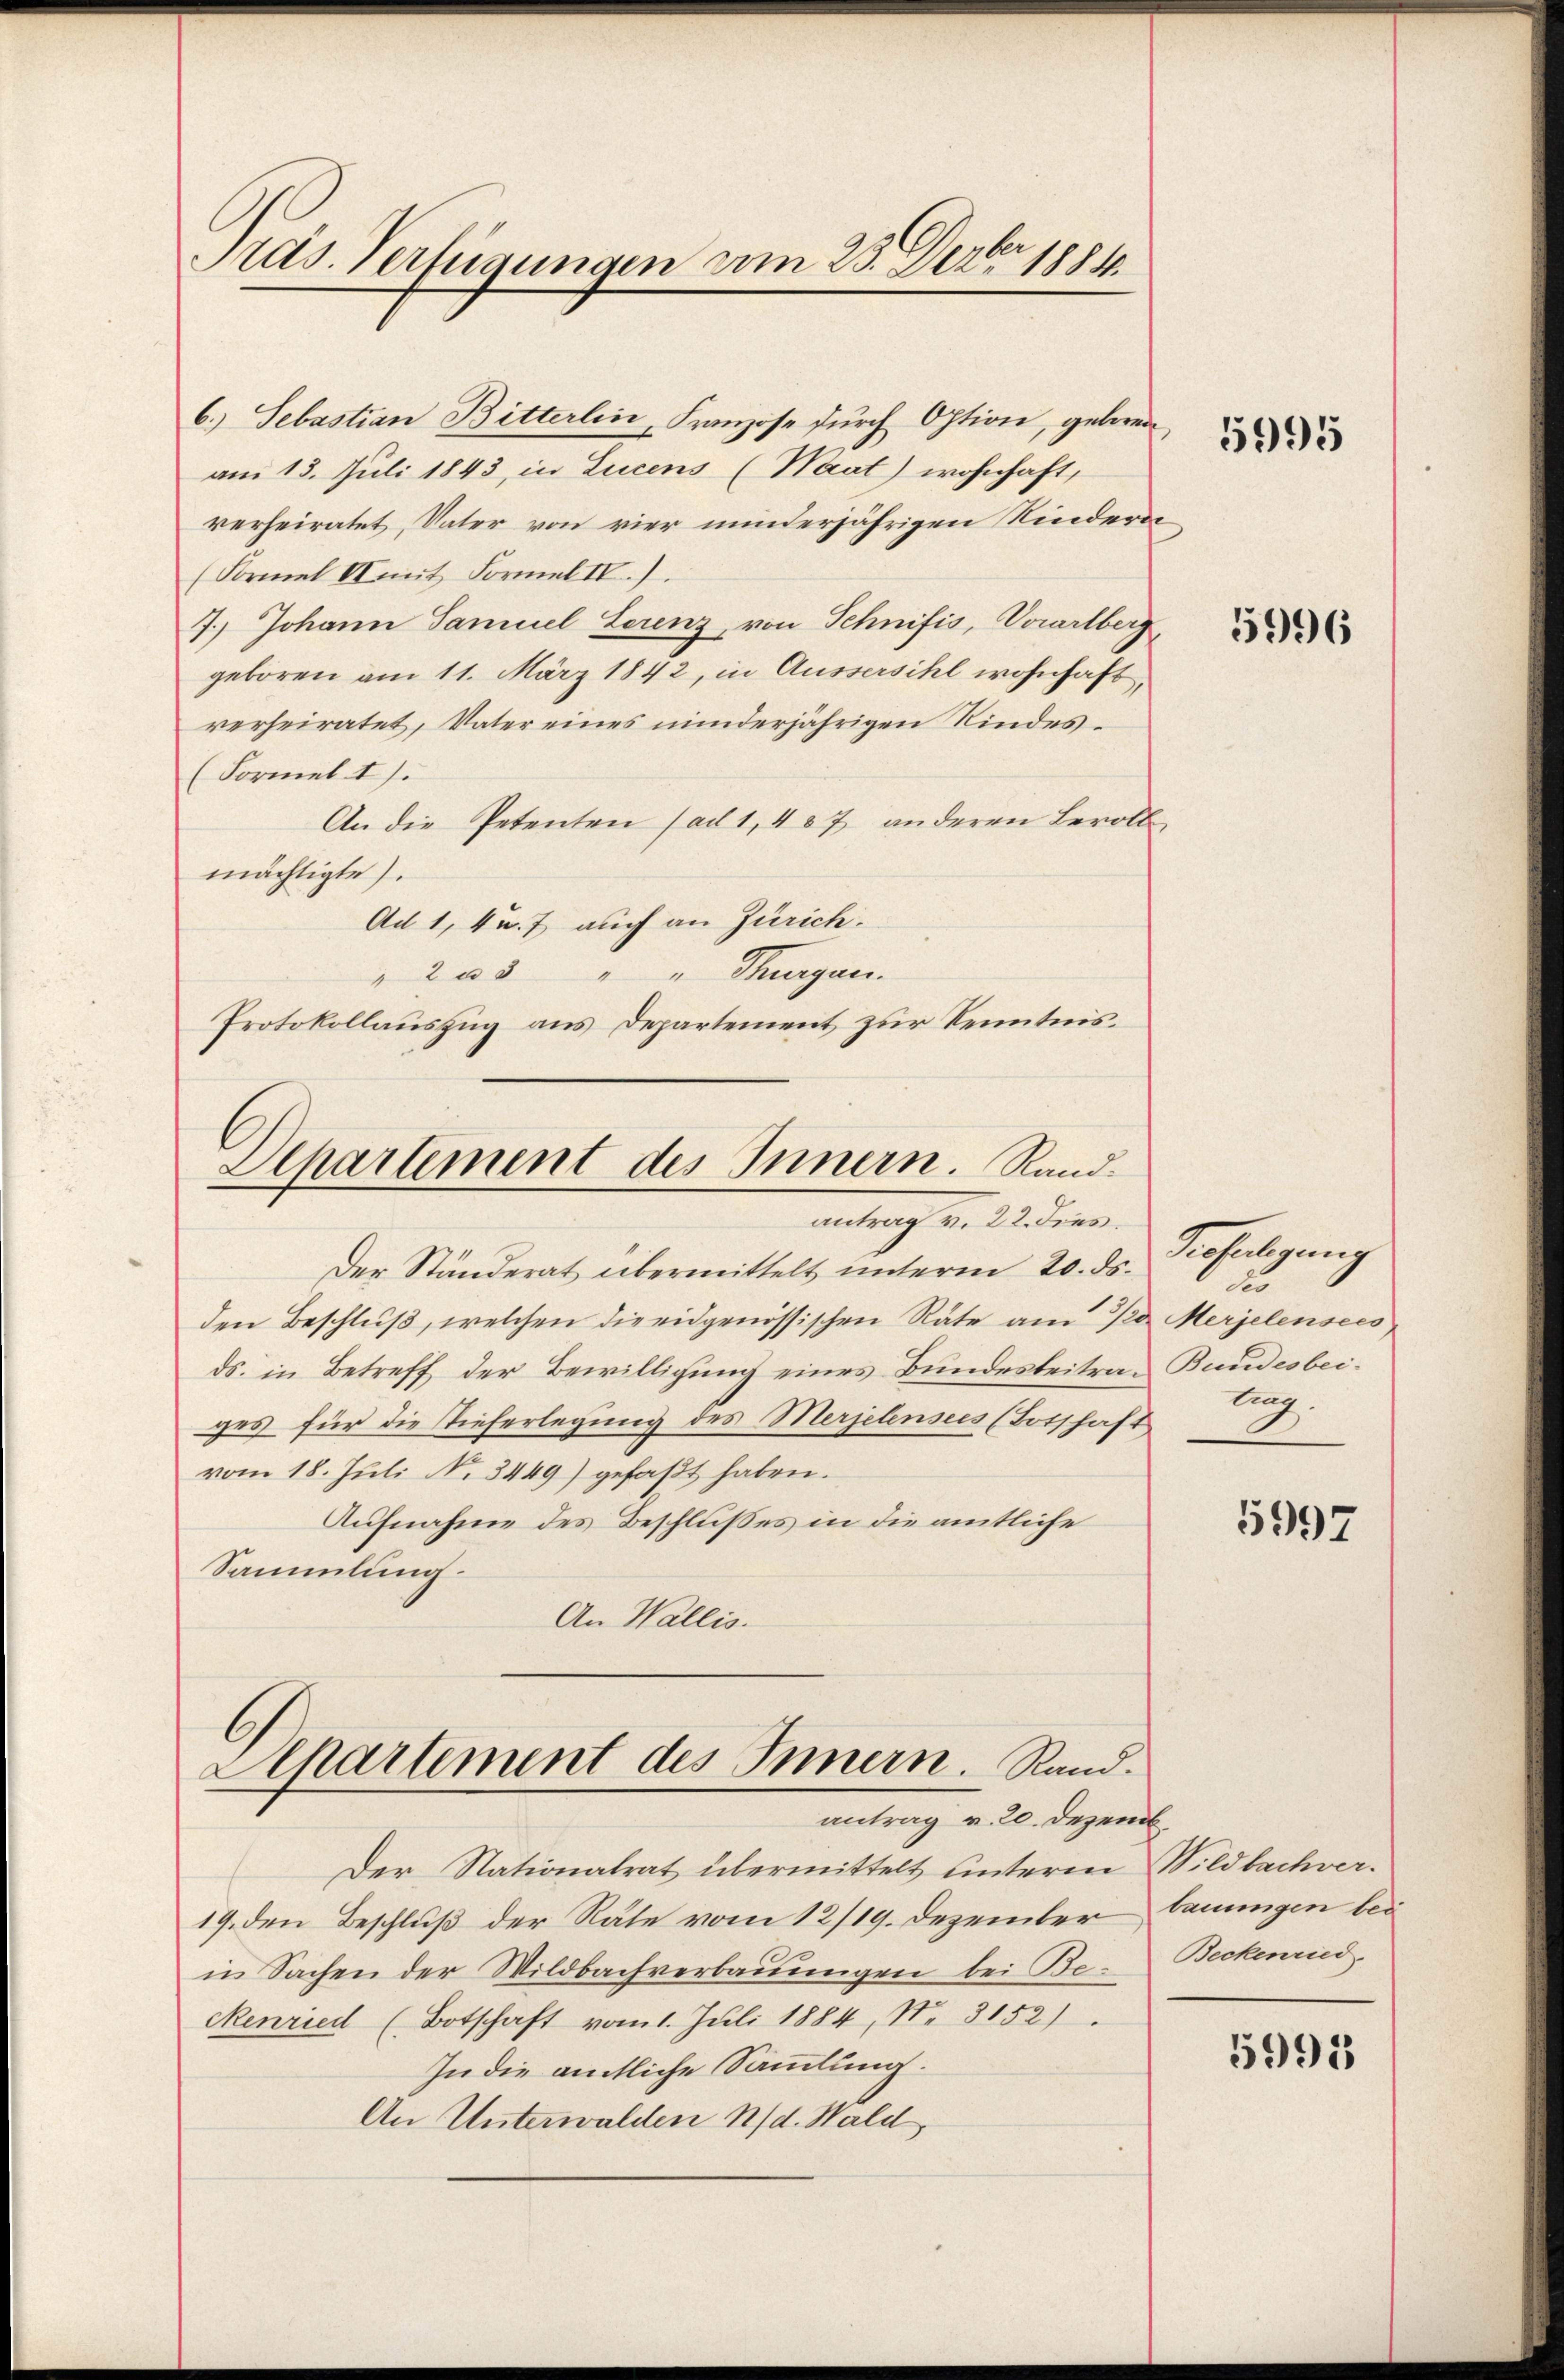
Ads. Verfügungen am 23. Dezbr 1884.

verheiratet, Vater von vier minderjährigen Kindern
(Formel II mit Formel IV.).
7.) Johann Samuel Serenz, von Schnifis, Vorarlberg,
geboren am 11. März 1842, in Aussersihl wohnhaft,
verheiratet, Vater eines minderjährigen Kindes¬
(Formel 1).
An die Petenten (ad 1, 457 anderen Bevoll
mächtigte).
Ad 1, 4 u. 7 auch an Zürich.
" Thurgau.
203
Protokollauszug aus Departement zur Kenntnis¬

6.) Sebastian Bitterlin, Franzose dŭrch Option, geboren
am 13. Juli 1843 in Lucens (Waat) wohnhaft,

Departement des Innern. Randantrag v. 22. dies

Der Ständerat übermittelt unterm 20. ds.
den Beschluß, welchen die eidgenössischen Räte am Pro Merjelensees
ds. in Betreff der Bewilligung eines Bundesbeitrages für die Tieferlegung des Merjelensees (Totschaft
vom 18. Juli No. 3449) gefaßt haben.
Aufnahme des Beschlußes in die amtliche
Sammlung.
An Wallis.

Departement des Innern. Rand.
antrag v. 20. Dezemb.

Der Nationalrat übermittelt unterm Wildbachver¬
19. den Beschluß der Räte vom 12/19. Dezember
in Sachen der Wildbachverbauungen bei Beckenried (Botschaft vom 1. Juli 1884, N. 3152)
In die amtliche Sammlung.
An Unterwalden d. Wald,

5995

5996

Sehuligung
2
Bundesbeilung.

5997

tauungen bei
Beckenried.

5995